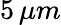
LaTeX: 5\, \mu m